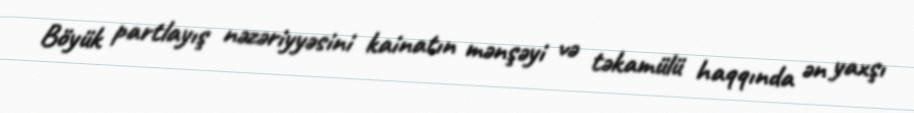
Böyük partlayış nəzəriyyəsini kainatın mənşəyi və təkamülü haqqında ən yaxşı